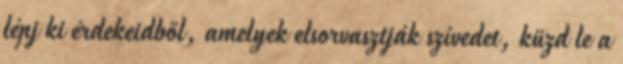
lépj ki érdekeidből, amelyek elsorvasztják szívedet, küzd le a